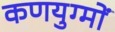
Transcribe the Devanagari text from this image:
कणयुग्मों